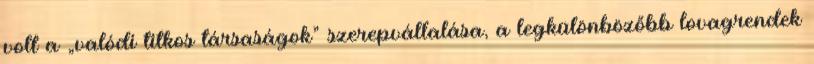
volt a „valódi titkos társaságok” szerepvállalása, a leg­különbözőbb lovagrendek